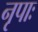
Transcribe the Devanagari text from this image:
नृपाः